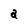
Character: a